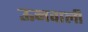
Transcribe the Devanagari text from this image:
ऊनवाली